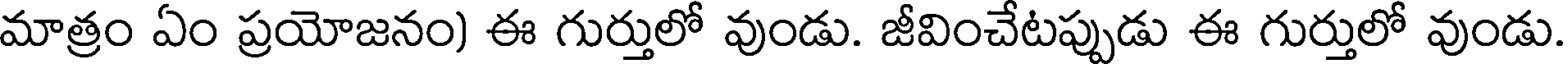
మాత్రం ఏం ప్రయోజనం) ఈ గుర్తులో వుండు. జీవించేటప్పుడు ఈ గుర్తులో వుండు